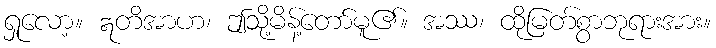
ရှုလော့။ ဣတိအာဟ၊ ဤသို့မိန့်တော်မူ၏။ အဿ၊ ထိုမြတ်စွာဘုရားအား။